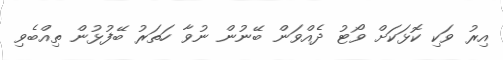
އިރު ވަކި ކޮޅަކަށް ވޯޓު ދެއްވަން ބޭނުން ނުވާ ހަތަރު ބޭފުޅުން ތިއްބެވި